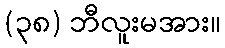
(၃၈) ဘီလူးမအား။